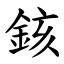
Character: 䤤